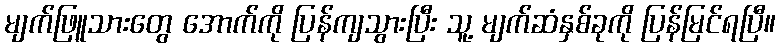
မျက်ဖြူသားတွေ အောက်ကို ပြန်ကျသွားပြီး သူ့ မျက်ဆံနှစ်ခုကို ပြန်မြင်ရပြီ။